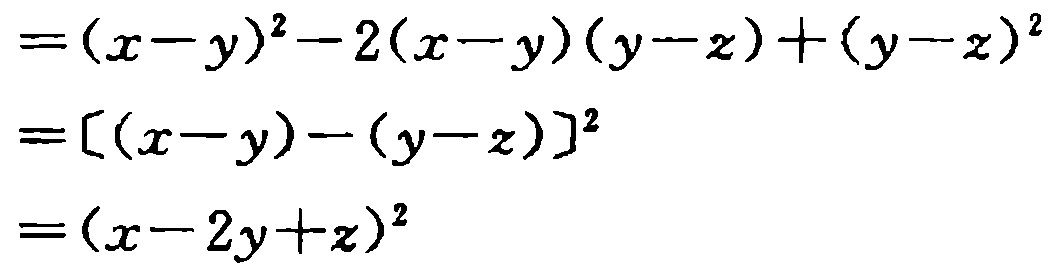
\[
\begin{align*}
&=(x - y)^2-2(x - y)(y - z)+(y - z)^2\\
&=[(x - y)-(y - z)]^2\\
&=(x - 2y + z)^2
\end{align*}
\]